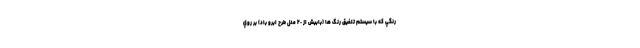
رنگي كه با سيستم تلفيق رنگ ها (بابيش از ٢٠ مدل طرح ابرو باد) بر روي